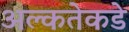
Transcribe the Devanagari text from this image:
अल्कतेकडे